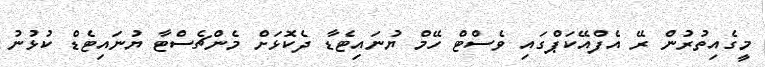
މީގެއިތުރުން ރޭ އެފްއޭކަޕްގައި ވެސްޓް ހޭމް ޔުނައިޓެޑާ ދެކޮޅަށް މެންޗެސްޓާ ޔުނައިޓެޑް ކުޅުނު